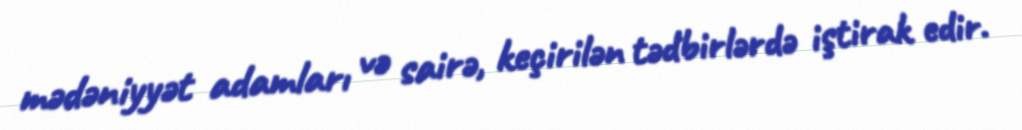
mədəniyyət adamları və sairə, keçirilən tədbirlərdə iştirak edir.